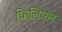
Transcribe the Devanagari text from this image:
फिलिप्सन